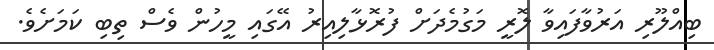
ބިއްލޫރި އަރުވާފައިވާ ލޮރީ މަގުމެދަށް ފުރޮޅާލިއިރު އޭގައި މީހުން ވެސް ތިބި ކަމަށެވެ.